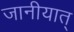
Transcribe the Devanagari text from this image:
जानीयात्